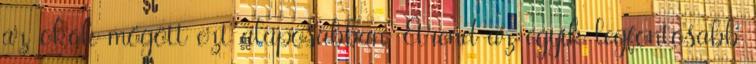
az okok mögött ezt alaposabban. Étrend az egyik legfontosabb